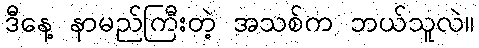
ဒီနေ့ နာမည်ကြီးတဲ့ အသစ်က ဘယ်သူလဲ။